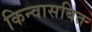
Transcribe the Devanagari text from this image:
किन्वासबित